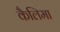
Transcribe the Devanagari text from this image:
कैलिमा